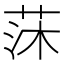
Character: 莯